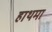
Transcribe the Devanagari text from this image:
हाथमा